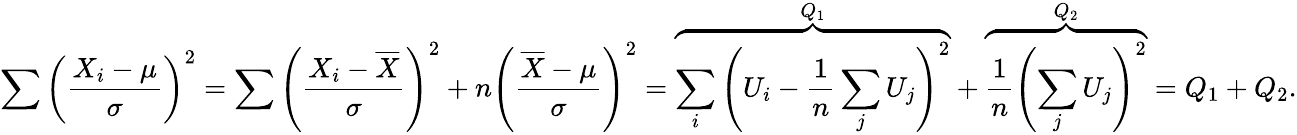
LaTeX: \sum\left({\frac{X_{i}-\mu}{\sigma}}\right)^{2}=\sum\left({\frac{X_{i}-{\overline{{X}}}}{\sigma}}\right)^{2}+n\left({\frac{{\overline{{X}}}-\mu}{\sigma}}\right)^{2}=\overbrace{\sum_{i}\left(U_{i}-{\frac{1}{n}}\sum_{j}{U_{j}}\right)^{2}}^{Q_{1}}+\overbrace{{\frac{1}{n}}\left(\sum_{j}{U_{j}}\right)^{2}}^{Q_{2}}=Q_{1}+Q_{2}.